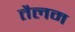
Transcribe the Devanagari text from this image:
तैलम